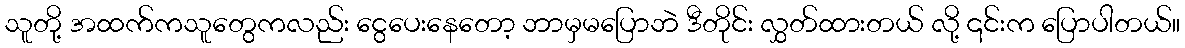
သူတို့ အထက်ကသူတွေကလည်း ငွေပေးနေတော့ ဘာမှမပြောဘဲ ဒီတိုင်း လွှတ်ထားတယ် လို့ ၎င်းက ပြောပါတယ်။